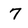
Character: 7